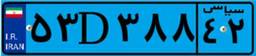
۱۶D۵۹۸۲۶